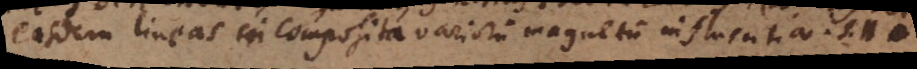
easdem lineas in composita variorum magnetum influentia. S.H.